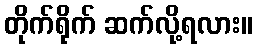
တိုက်ရိုက် ဆက်လို့ရလား။